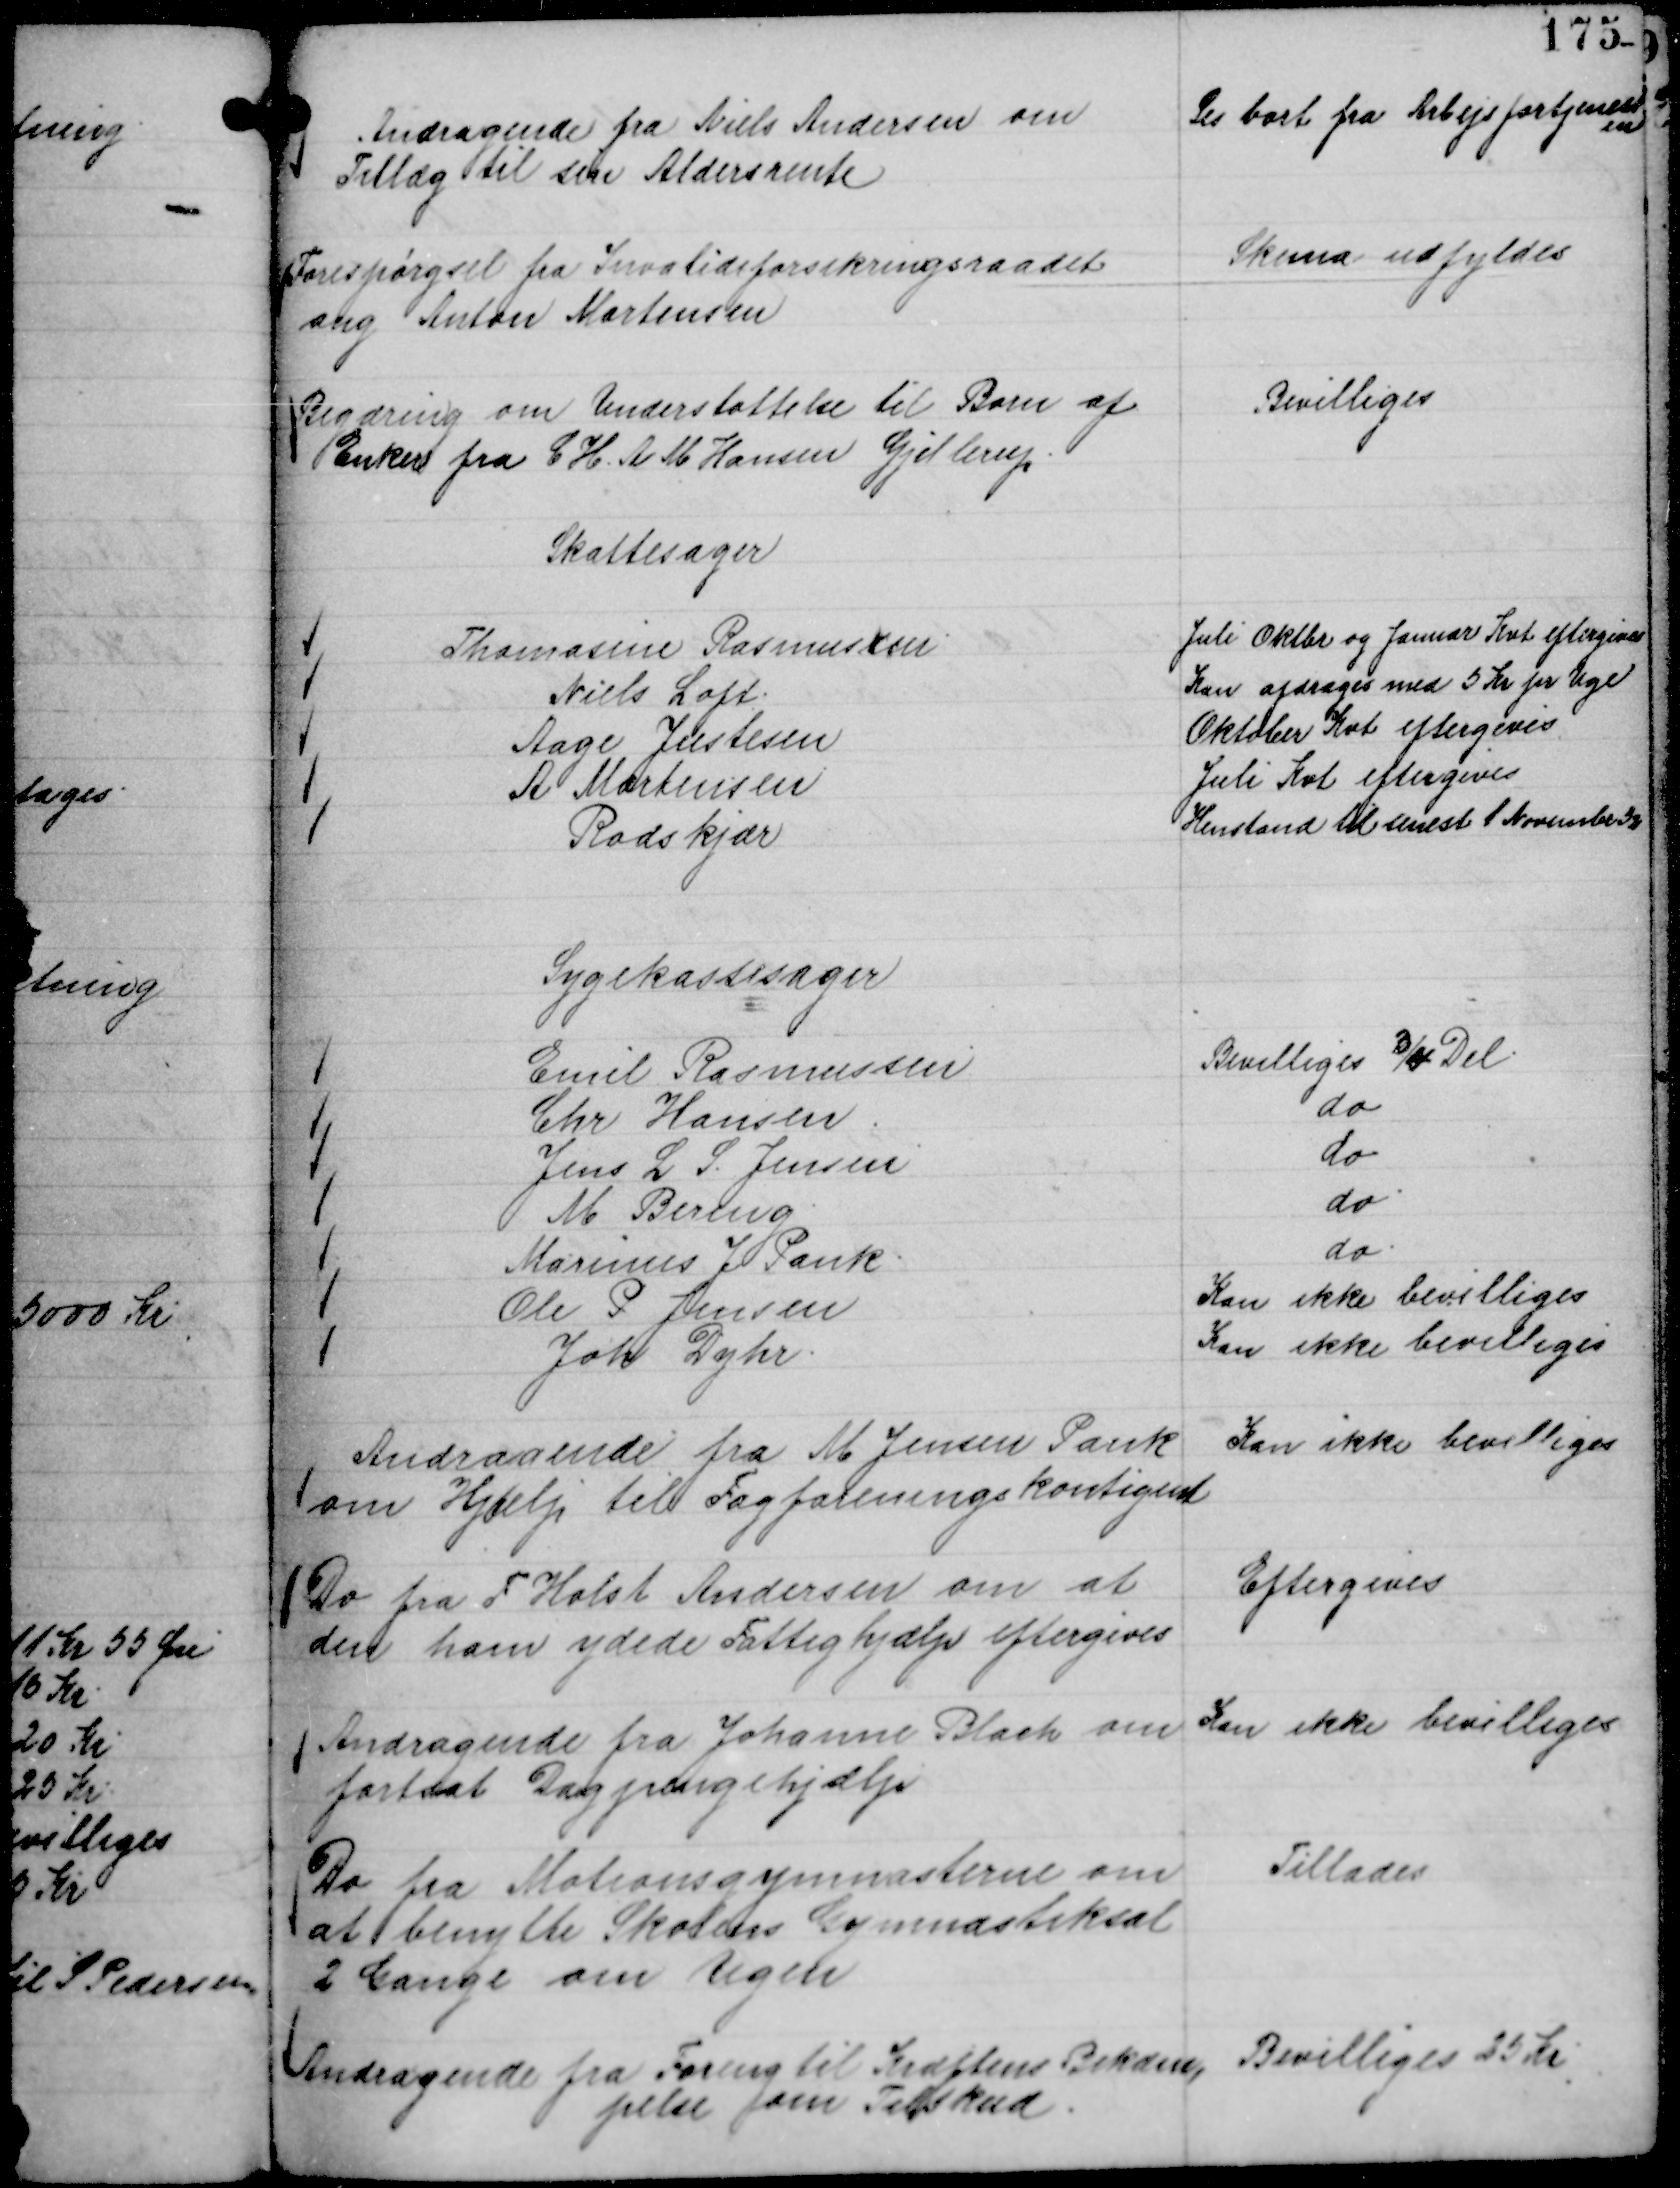
Transskription:
Andragende fra Niels Andersen om
Tillæg til sin Aldersrente

Ses bort fra Arbejsfortjenest
en

Forespørgsel fra Invalideforsikringsraadet
ang Anton Mortensen

Skema udfyldes

Begæring om Understøttelse til Børn af
Enker fra C H. A M Hansen Gjellerup.

Bevilliges

Skattesager
Thomasine Rasmussen
Juli Oktbr og Januar Kvt eftergives
Niels Loft.
Kan afdrages med 5 Kr pr Uge
Aage Justesen
Oktober Kvt eftergives
A Mortensen
Juli Kvt eftergives
Rodskjær
Henstand til senest 1 Novembe 32

Sygekassesager
Emil Rasmussen
Bevilliges ¾ Del.
Chr Hansen.
do
Jens L S. Jensen
do
M Bering.
do.
Marinus J Pank.
do.
Ole P Jensen
Kan ikke bevilliges
Joh Dyhr.
Kan ikke bevilliges

Andragende fra M Jensen Pank
om Hjælp til Fagforeningskontigent

Kan ikke bevilliges

Do fra F Holst Andersen om at
den ham ydede Fattighjælp eftergives

Eftergives

Andragende fra Johanne Blach om
fortsat Dagpengehjælp

Kan ikke bevilliges

Do fra Motionsgymnasterne om
at benytte Skolens Gymnastiksal
2 Gange om Ugen

Tillades

Andragende fra Foreng til Kræftens Bekæm,
pelse om Tilskud.

Bevilliges 25 Kr